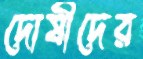
দোষীদের